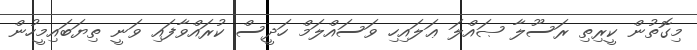
މިގޮތުން ކީރިތި ރަސޫލާ ޞައްލަ ޢަލައިހި ވަސައްލަމް ހަދީސް ކުރައްވާފައި ވަނީ ތިޔަބައިމީހުން